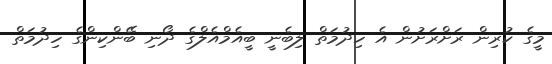
މީގެ ކުރިން ރަށްރަށުން އެ ހިދުމަތް ލިބެނީ ބީއެމްއެލްގެ ދޯނި ބޭންކިންގެ ހިދުމަތް